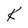
Character: K